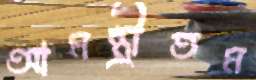
আমন্ত্রীতম